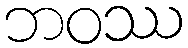
ဘဝဿ